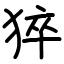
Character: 猝